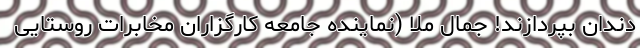
دندان بپردازند! جمال ملا (نماینده جامعه کارگزاران مخابرات روستایی